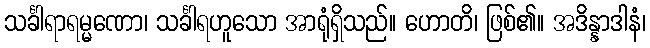
သင်္ခါရာရမ္မဏော၊ သင်္ခါရဟူသော အာရုံရှိသည်။ ဟောတိ၊ ဖြစ်၏။ အဒိန္နာဒါနံ၊